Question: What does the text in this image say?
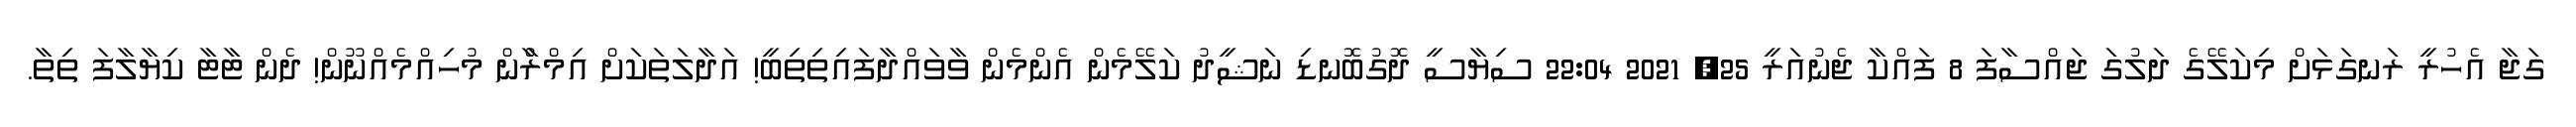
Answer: ގަޖާ އެހުރީ ރަނގަޅަށް މިކަލޭގެ ދަލުގަ ޖައްސާފަ 8 ފައްކާ ޖެނުއަރީ 25, 2021 22:04 ސިޔާސީ ދޮގުބޮނޑި ނަޝީދު ކަލޭމެން އެންމެން ވާވައްދާފައިތިތިބީ! އަދާލަތަކަށް އިމްރާްން މުހިއްމެއްނޫން! ދެން ޓާޓާ ކިޔާލާފަ ތިތާ.